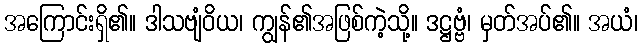
အကြောင်းရှိ၏။ ဒါသဗျံဝိယ၊ ကျွန်၏အဖြစ်ကဲ့သို့။ ဒဋ္ဌဗ္ဗံ၊ မှတ်အပ်၏။ အယံ၊